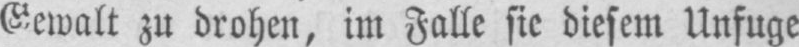
Gewalt zu drohen, im Falle sie diesem Unfuge